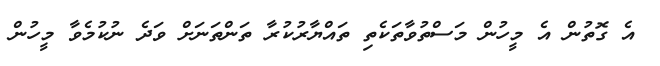
އެ ގޮތުން އެ މީހުން މަސްތުވާތަކެތި ތައްޔާރުކުރާ ތަންތަނަށް ވަދެ ނުކުމެވާ މީހުން